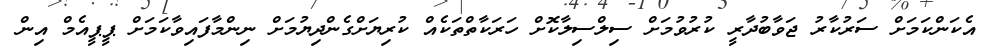
އެކަންކަމަށް ސަރުކާރު ޖަވާބުދާރީ ކުރުވުމަށް ސިލްސިލާކޮށް ހަރަކާތްތަކެއް ކުރިޔަށްގެންދިޔުމަށް ނިންމާފައިވާކަމަށް ޕީޕީއެމް އިން